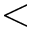
{ < }